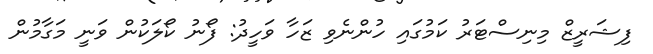
ފިޝަރީޒް މިނިސްޓަރު ކަމުގައި ހުންނެވި ޒަހާ ވަހީދު: ފޯނު ކޯލަކުން ވަނީ މަގާމުން